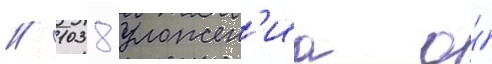
// 1038 уложен'иа о́